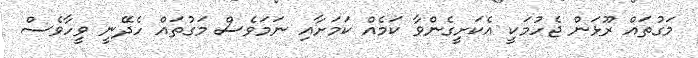
މަގުތައް ރޫޅަން ޖެހުމަކީ އެކަށީގެންވާ ކަމެއް ކަމަށާއި ނަމަވެސް މަގުތައް ހެދޭނީ ވީހާވެސް